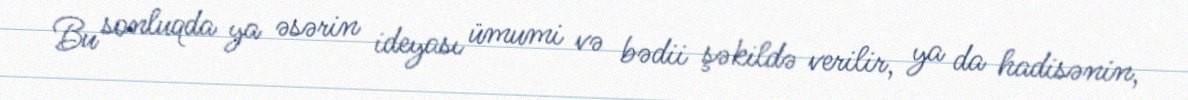
Bu sonluqda ya əsərin ideyası ümumi və bədii şəkildə verilir, ya da hadisənin,